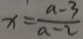
x = \frac { a - 3 } { a - 2 }